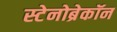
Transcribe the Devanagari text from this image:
स्टेनोब्रेकॉन